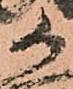
候